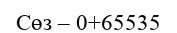
Сөз – 0+65535